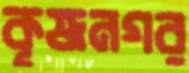
কৃষ্ণনগর